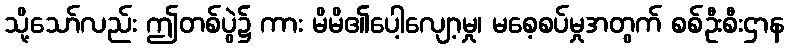
သို့သော်လည်း ဤတစ်ပွဲ၌ ကား မိမိ၏ပေါ့လျော့မှု၊ မစေ့စပ်မှုအတွက် စစ်ဦးစီးဌာန